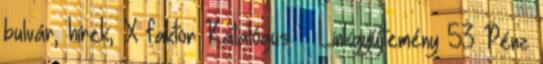
bulvár, hírek, X faktor Katalógus – Linkgyűjtemény 53 Pénz